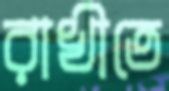
রাখীতে